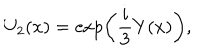
U _ { 2 } ( x ) = \exp \left( \frac { i } { 3 } Y ( x ) \right) ,